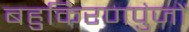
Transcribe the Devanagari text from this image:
बहुकिरणपुंजों